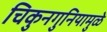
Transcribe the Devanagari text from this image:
चिकुनगुनियामुळे